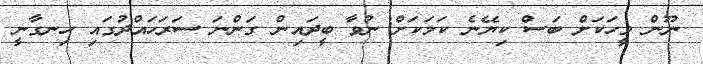
ނޫން މީހަކަށް ބަސް ކިޔޭނެ ކަމަކަށް ނުވާ ބީދައިން ގަންނަ ސަރަހައްދުގައި ހިނގާނީ